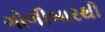
ગોળીબારથી